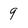
Character: 9